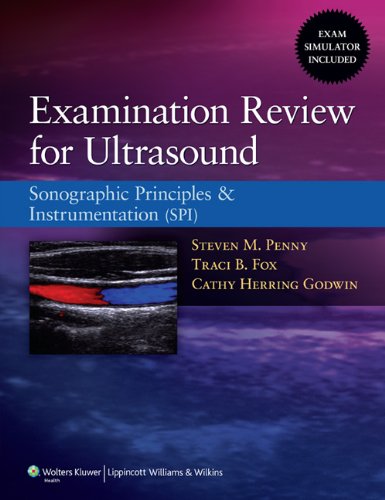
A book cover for Examination Review for Ultrasound: Sonography Principles & Instrumentation; Steven M. Penny; Medical Books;